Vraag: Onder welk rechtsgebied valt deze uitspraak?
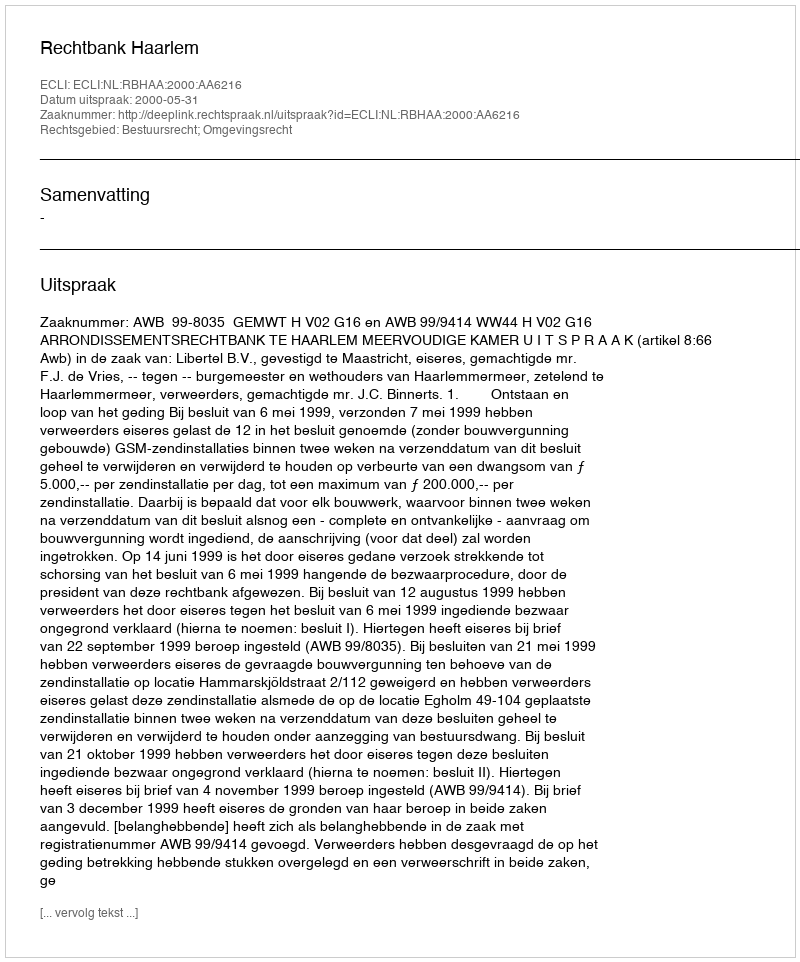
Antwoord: Bestuursrecht; Omgevingsrecht